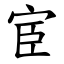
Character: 宦